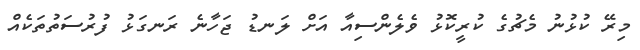
މިރޭ ކުޅުނު މެޗުގެ ކުރީކޮޅު ވެލެންސިއާ އަށް ލަނޑު ޖަހާނެ ރަނގަޅު ފުރުސަތުތަކެއް